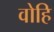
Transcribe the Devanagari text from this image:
वोहि